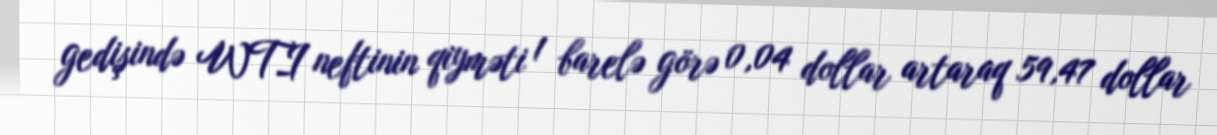
gedişində WTI neftinin qiyməti 1 barelə görə 0,04 dollar artaraq 59,47 dollar